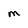
Character: M